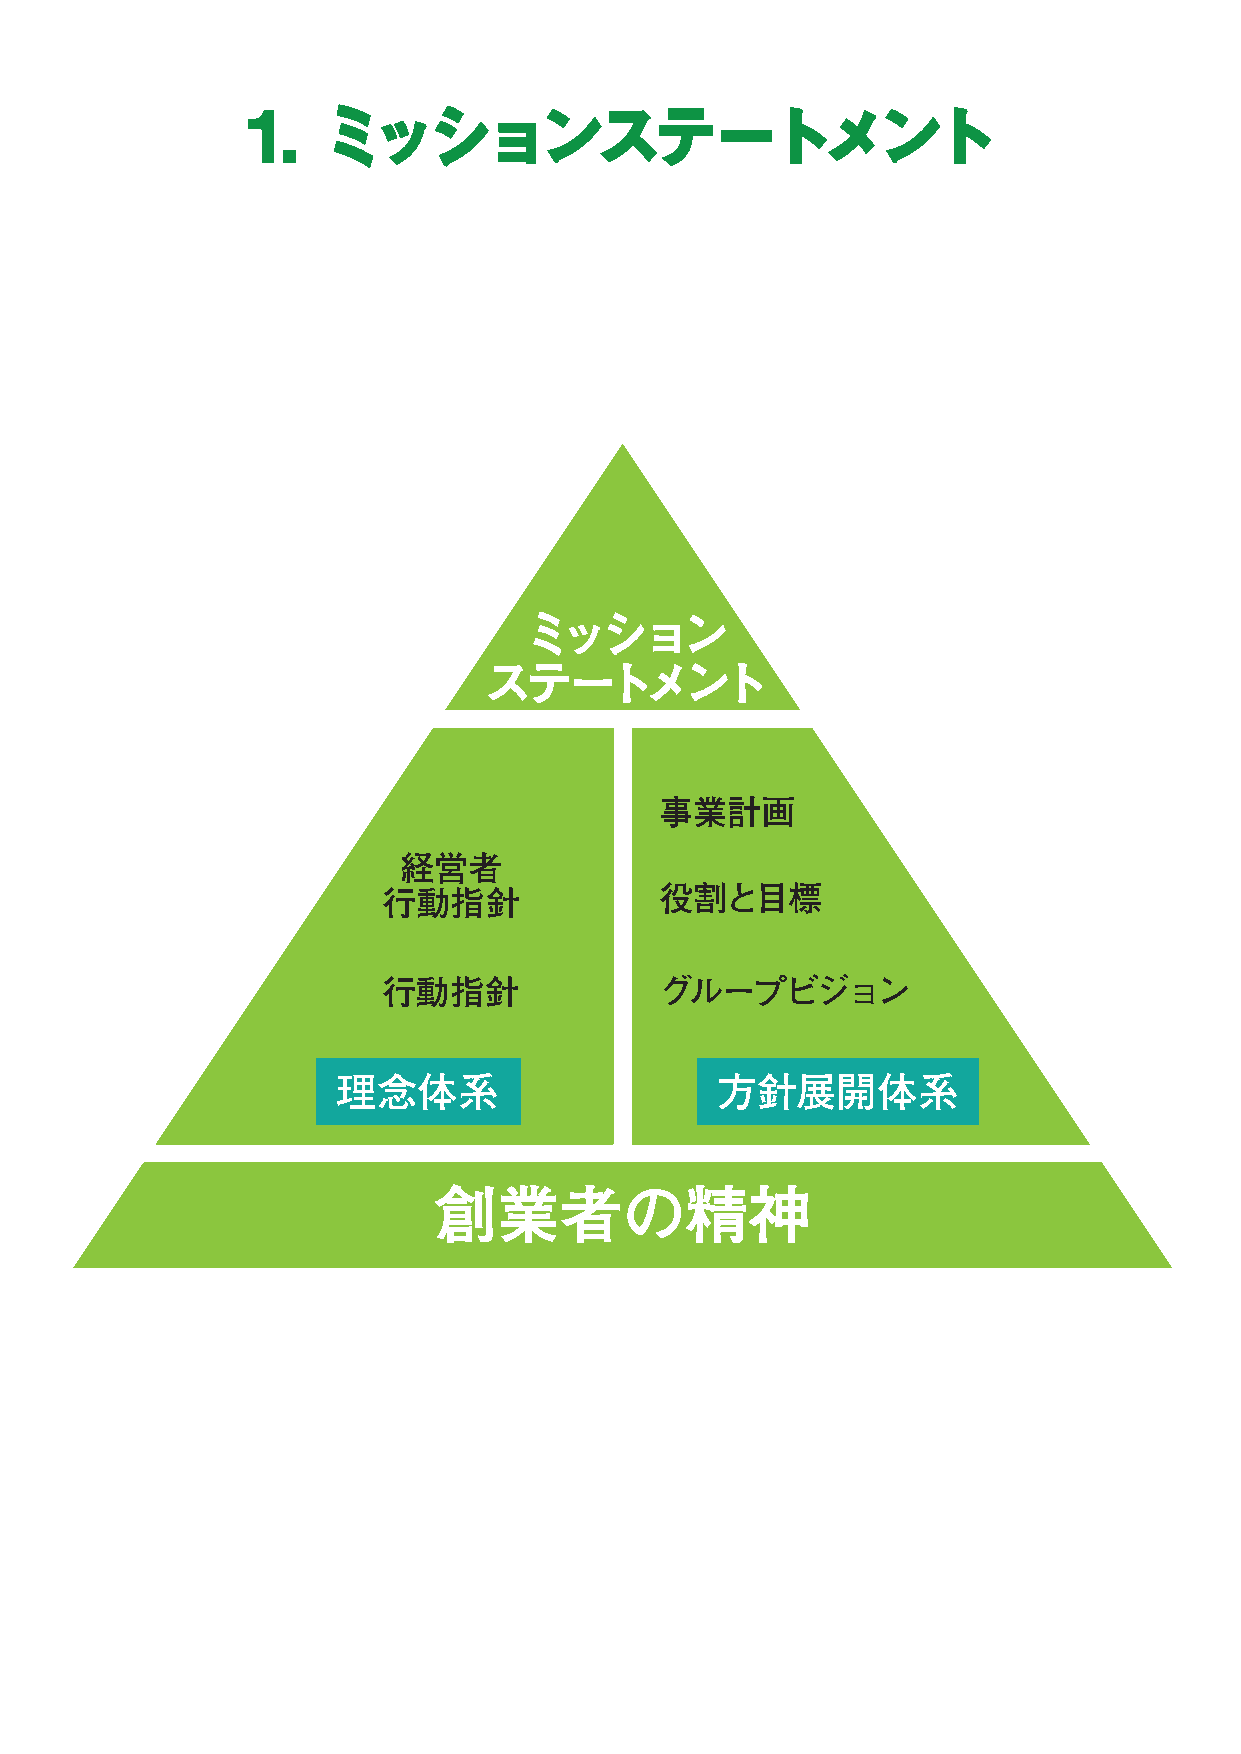
11.. ミミッッシショョンンスステテーートトメメンントト
 ミッション
 ステートメント
 事業計画
 経営者
 行動指針               役割と目標
 行動指針               グループビジョン
 理念体系                     方針展開体系
 創業者の精神